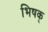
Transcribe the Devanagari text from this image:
भिषक्